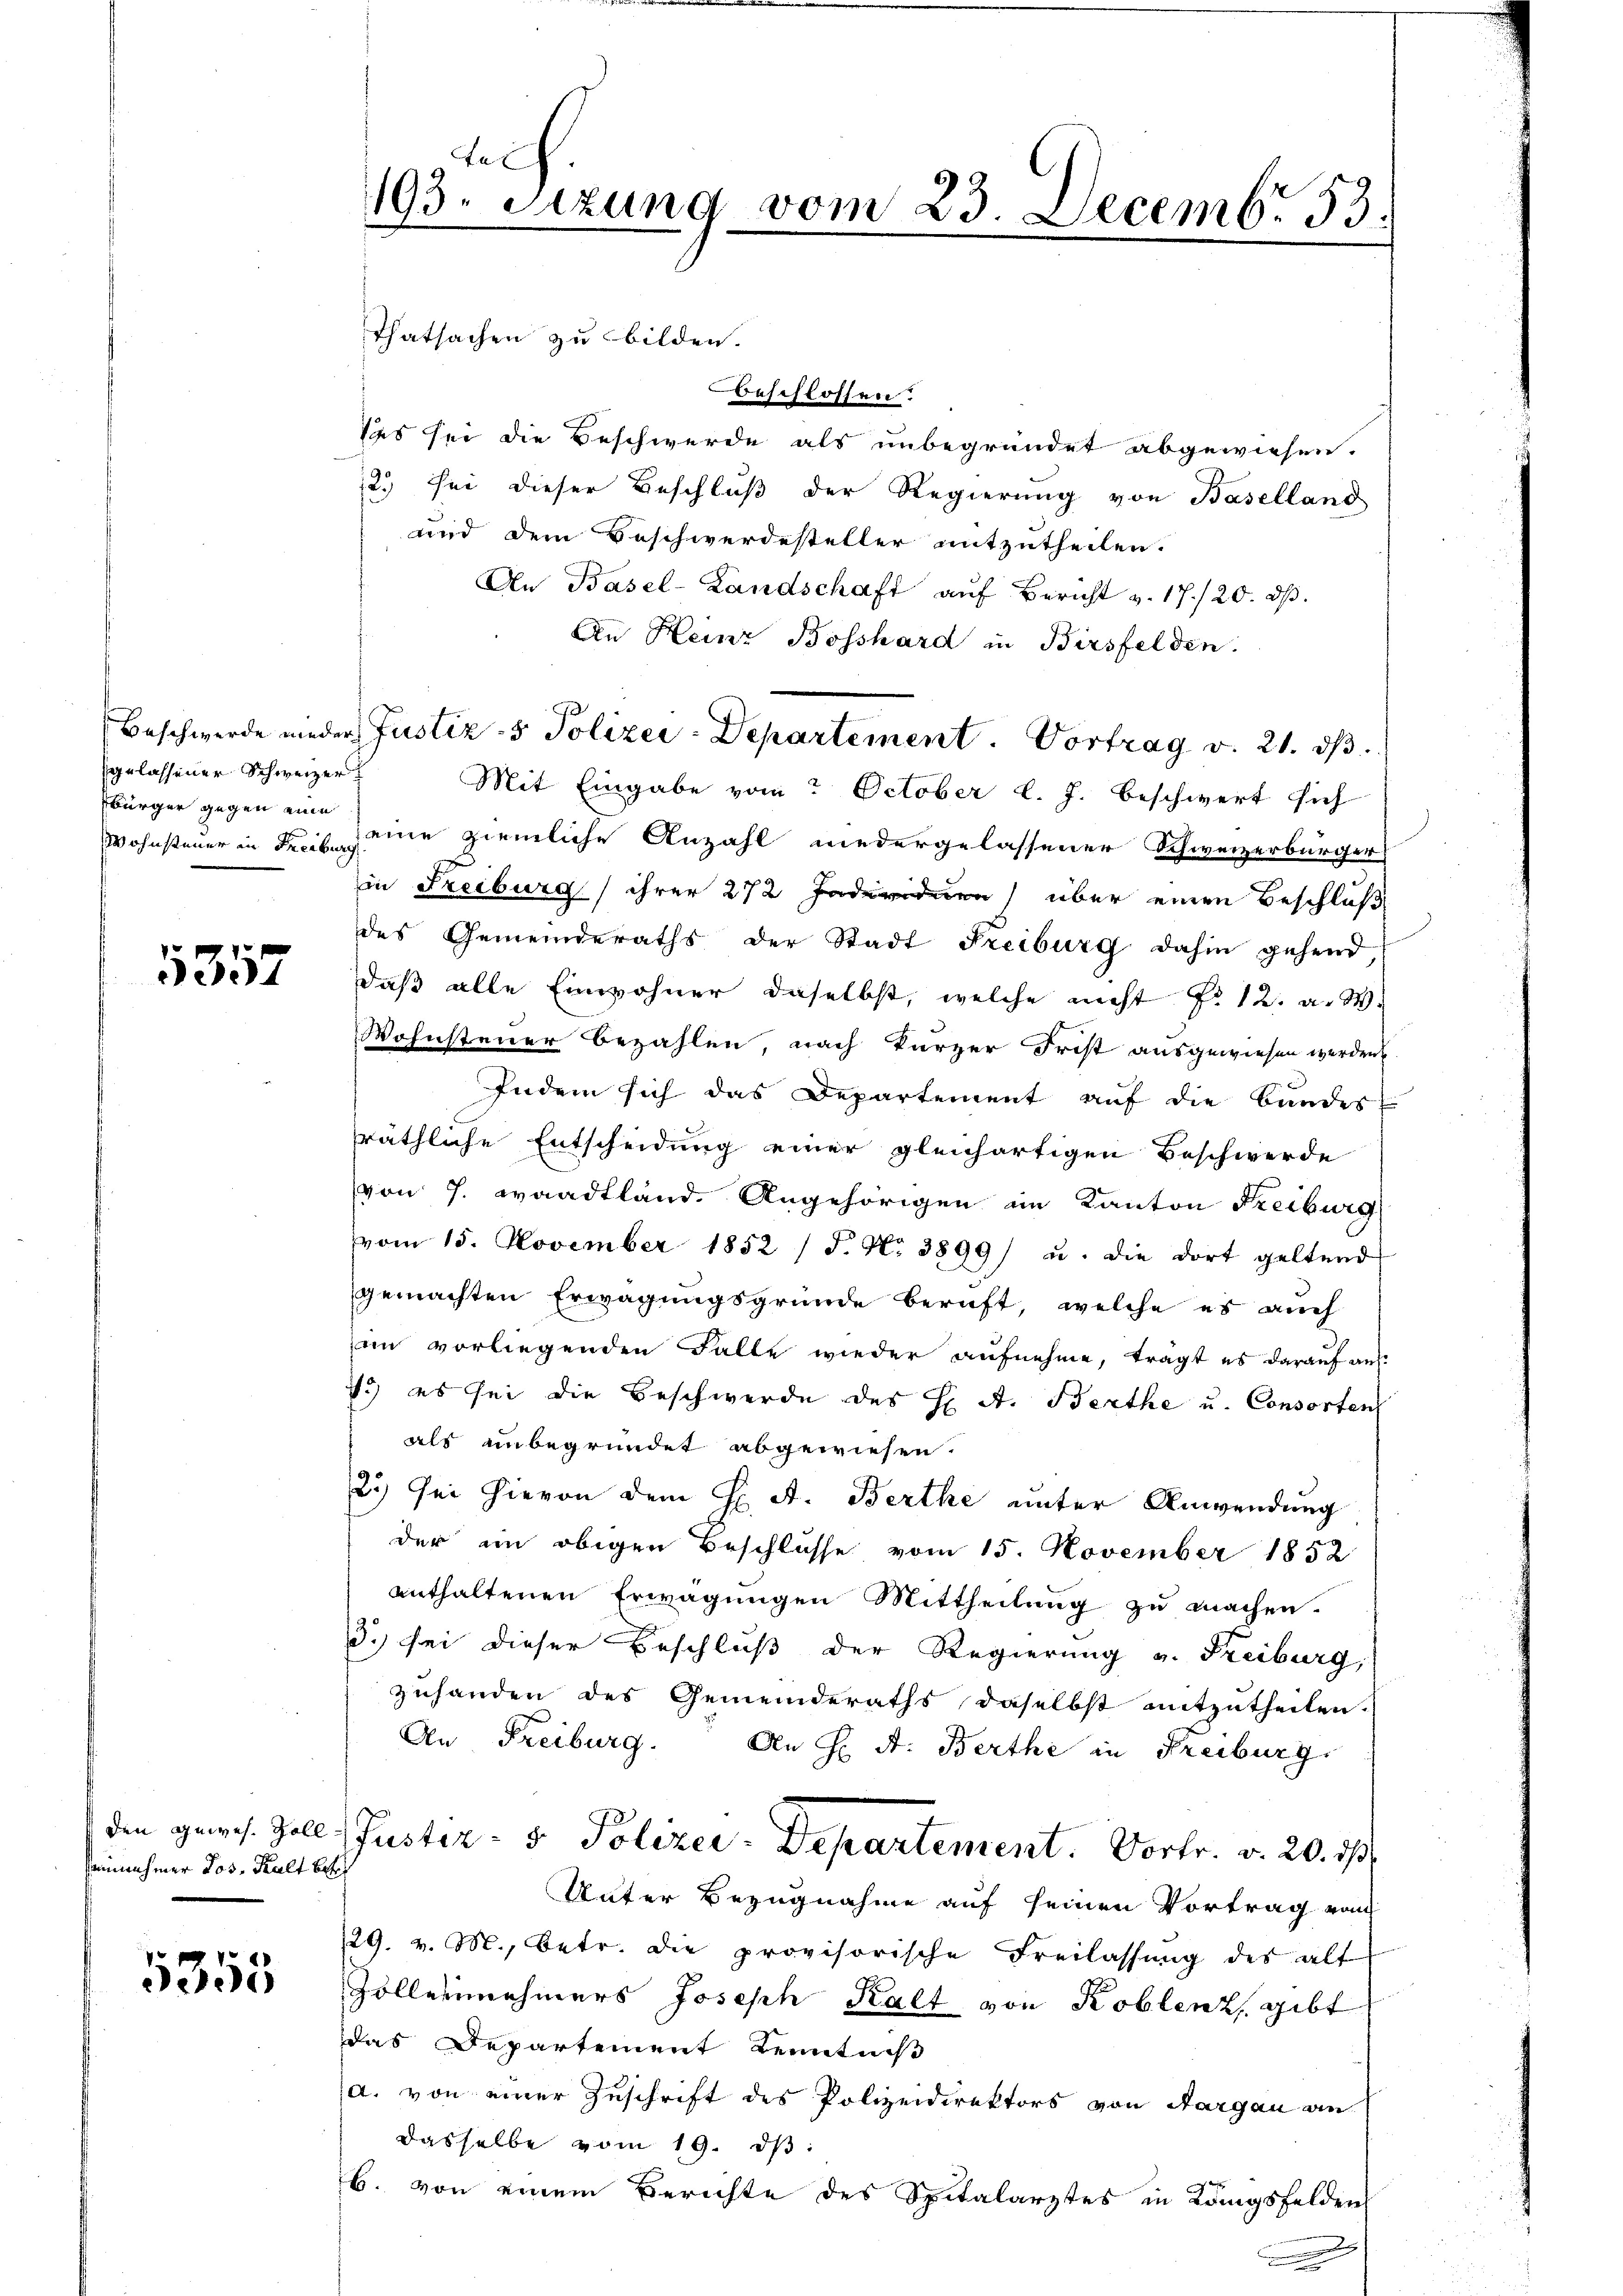
gelassener Schweizer
Bürger gegen eine

1357

den gewes. Zoll
serinnehmer Jos. Kalt besch

5355

telf
193. Sitzung vom 23. Decemb. 33.

Thatsachen zu bilden.
beschlossen.
des sei die Beschwerde als unbegründet abgewiesen.
12.) Sei dieser Beschluß der Regierung von Baselland
und dem Beschwerdesteller mitzutheilen.
An Basel-Landschaft aŭf Bericht v. 17./20. dβ.
An Heinz Bosshard in Birsfelden.
Mit Eingabe vom October l. J. beschwert sich
Wohnsteuer in Fr. eine ziemliche Anzahl niedergelassener Schweizerbürger
in Freiburg ihrer 272 Individuen über einen Beschluß
des Gemeinderaths der Stadt Freiburg dahin gehend,
daß alle Einwohner daselbst, welche nicht P. 12. a. W.
Wohnsteuer Bezahlen, nach kurzer Frist ausgewiesen werden.
Indem sich das Departement auf die Bundes
präthliche Entscheidung einer gleichartigen Beschwerde
von 7. Waadtland. Angehörigen im Kanton Freiburg
vom 15. November 1852 /F. N. 3899) u. die dort geltend
gemachten Erwägungsgründe beruft, welche es auch
im vorliegenden Falle wieder aufnehme, tragt es darauf aus
1.) es sei die Beschwerde des H. A. Berthe u. Consorten
als unbegründet abgewiesen.
2.) Sei hievon dem H. A. Berthe unter Anwendung
der ein obigen Beschlüsse vom 15. November 1852
enthaltenen Erwägungen Mittheilung zu machen.
3.) sei dieser Beschluß der Regierung v. Freiburg,
zuhanden des Gemeinderaths, daselbst mitzutheilen.
An Freiburg. An H. A. Berthe in Freiburg
Puster- & Polizei-Departement. Vortr. v. 20. 1
Unter Bezugnahme auf seinen Vortrag von
129. v. M., betr. die provisorische Freilassung des alt
Zöllernehmers Joseph Kalt von Koblenz, gibt
das Departement Kenntniß
a. von einer Zuschrift des Polizeidirektors von Aargau an
dasselbe vom 19. dβ:
b. von einem Berichte des Spitalarztes in Längsfelden

Beschwerde nieder Justiz- & Polizei-Departement  .     Portrag v. 21. ds.